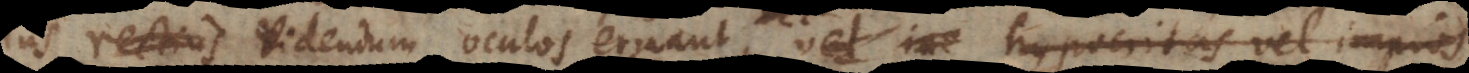
d rectius videndum oculos eruant, vel ine hypocritas vel impios